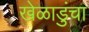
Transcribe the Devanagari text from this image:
खेळाडुंचा